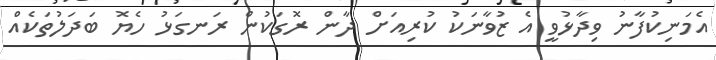
އެމަނިކުފާނު ވިދާޅުވީ އެ ޒުވާނަކު ކުރިއަށް ދާން ރޮގަކުން ރަނގަޅު ހެޔޮ ބަދަލުތަކެއް